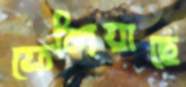
ফেলিয়াছে